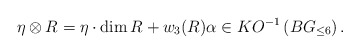
\begin{align*}\eta\otimes R= \eta\cdot \dim R + w_3(R)\alpha \in KO^{-1}\left(BG_{\le 6}\right).\end{align*}